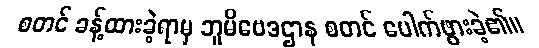
စတင် ခန့်ထားခဲ့ရာမှ ဘူမိဗေဒဌာန စတင် ပေါက်ဖွားခဲ့၏။